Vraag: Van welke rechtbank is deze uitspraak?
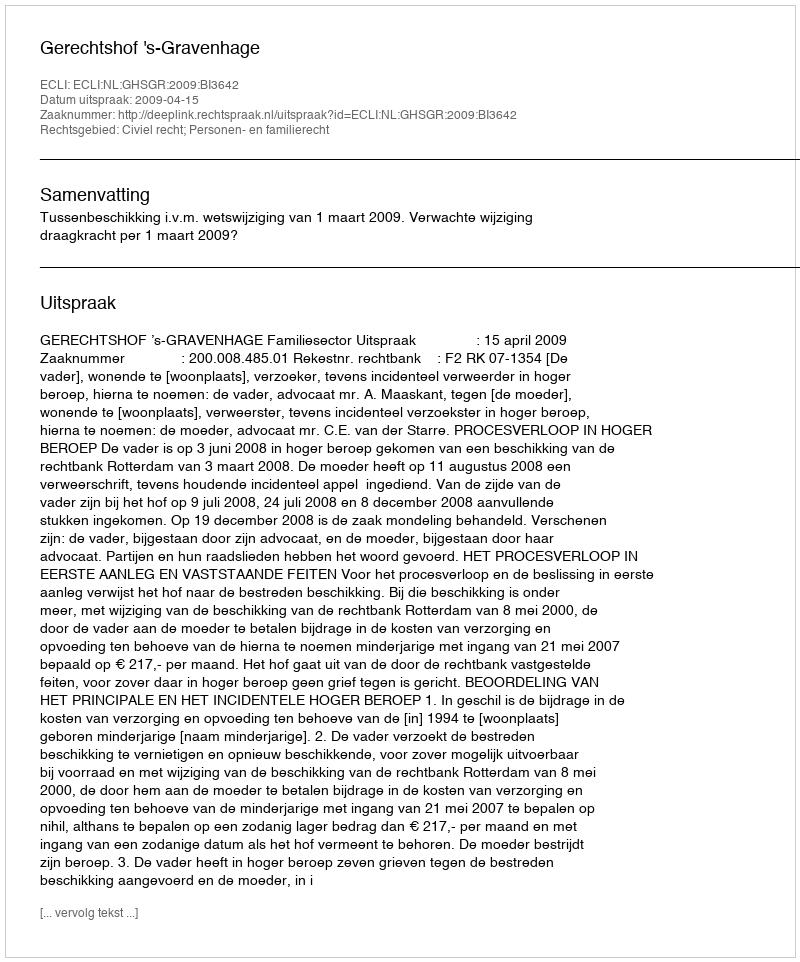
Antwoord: Gerechtshof 's-Gravenhage